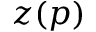
z ( p )